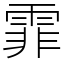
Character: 霏